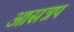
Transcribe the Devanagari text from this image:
आसन्नप